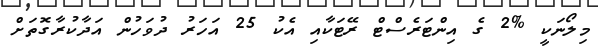
މިލޯނަކީ %2 ގެ އިންޓަރެސްޓް ރޭޓަކާއި އެކު 25 އަހަރު ދުވަހުން އަދާކުރާގޮތަށް